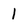
Character: 1